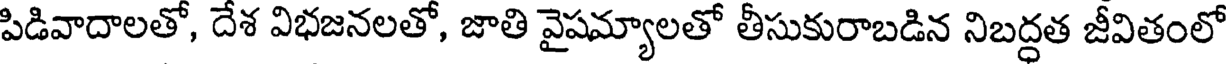
పిడివాదాలతో, దేశ విభజనలతో, జాతి వైషమ్యాలతో తీసుకురాబడిన నిబద్ధత జీవితంలో